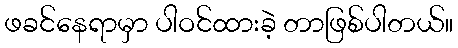
ဖခင်နေရာမှာ ပါဝင်ထားခဲ့ တာဖြစ်ပါတယ်။